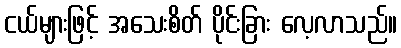
ငယ်များဖြင့် အသေးစိတ် ပိုင်းခြား လေ့လာသည်။